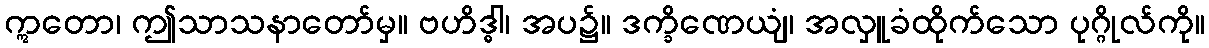
ဣတော၊ ဤသာသနာတော်မှ။ ဗဟိဒ္ဓါ၊ အပ၌။ ဒက္ခိဏေယျံ၊ အလှူခံထိုက်သော ပုဂ္ဂိုလ်ကို။